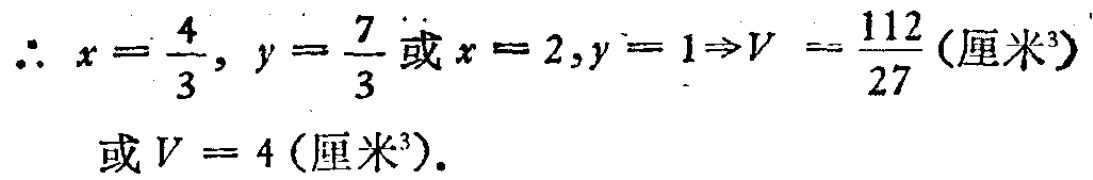
\(\therefore x = \frac{4}{3}, y = \frac{7}{3}或x = 2,y = 1\Rightarrow V = \frac{112}{27}(厘米^{3})\\或V = 4(厘米^{3}).\)